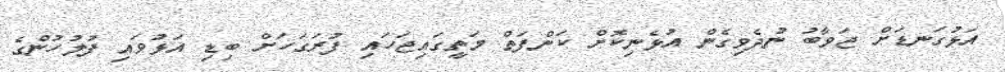
އަޅުގަނޑަށް ޖަވާބު ނުދެވިގެން އުޅެނިކޮށް ކަންފަތް މަތީގައިޖަހައި ފުރަގަހަށް ބިޑި އަޅުވައި ފުލުހުންގެ